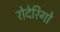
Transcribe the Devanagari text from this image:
रोदेरिगो